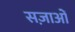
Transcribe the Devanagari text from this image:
सज़ाओं